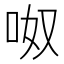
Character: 呶